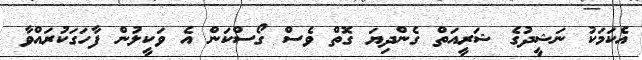
އެކަމަކު ނަޝީދުގެ ޝަރީއަތް ގެންދިޔަ ގޮތް ވެސް ގޯސްކަން އެ ވަކީލުން ފާހަގަކުރައްވާ